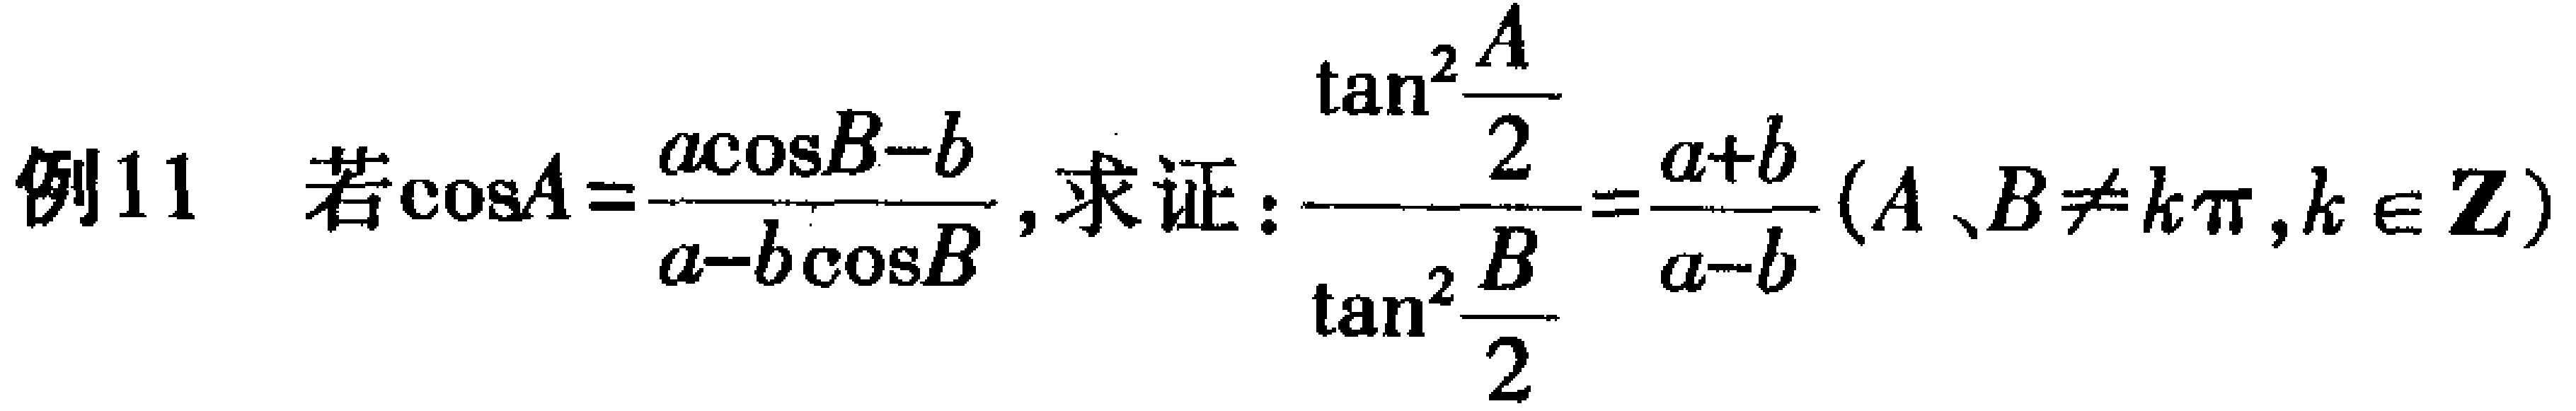
例11 若\(\cos A = \frac{a\cos B - b}{a - b\cos B}\), 求证：\(\frac{\tan^{2}\frac{A}{2}}{\tan^{2}\frac{B}{2}}=\frac{a + b}{a - b}(A、B\neq k\pi,k\in\mathbf{Z})\)